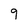
Character: 9